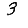
Digit: 3